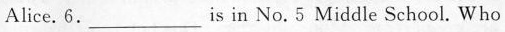
Alice. 6.___ is in No.5 Middle School. Who